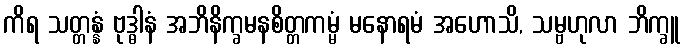
ကိရ သတ္တန္နံ ဗုဒ္ဓါနံ အဘိနိက္ခမနစိတ္တကမ္မံ မနောရမံ အဟောသိ, သမ္ဗဟုလာ ဘိက္ခူ